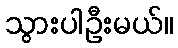
သွားပါဦးမယ်။